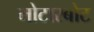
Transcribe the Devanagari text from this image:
मोटारबोट